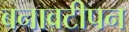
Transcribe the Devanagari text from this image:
बनावटीपन